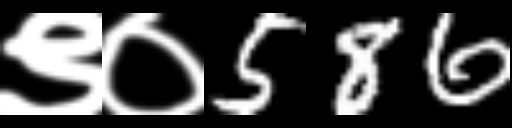
Text: ९०586